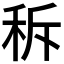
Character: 𱶁